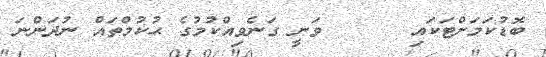
ބޮޑުކަމަށްޓަކައި      ވަނީ ގަނެވިއްކުމުގެ ޙުކުމްތައް ނުދަންނަ